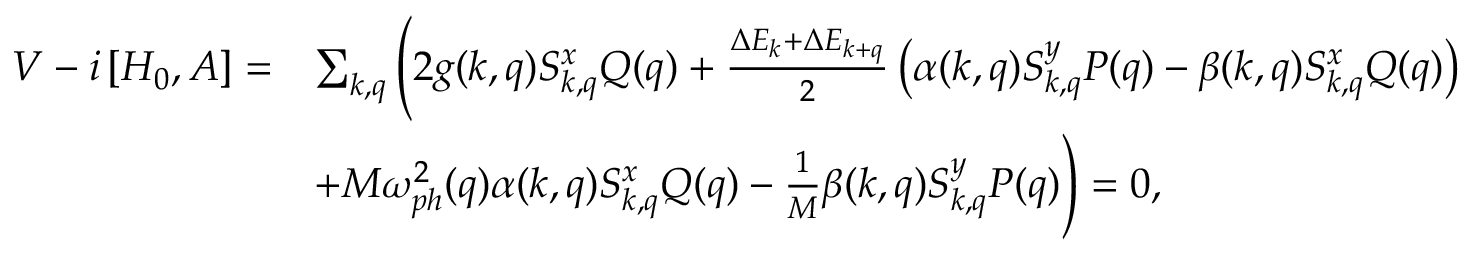
\begin{array} { r l } { V - i \left[ H _ { 0 } , A \right] = } & { \sum _ { k , q } \Bigg ( 2 g ( k , q ) S _ { k , q } ^ { x } Q ( q ) + \frac { \Delta E _ { k } + \Delta E _ { k + q } } { 2 } \left( \alpha ( k , q ) S _ { k , q } ^ { y } P ( q ) - \beta ( k , q ) S _ { k , q } ^ { x } Q ( q ) \right) } \\ & { + M \omega _ { p h } ^ { 2 } ( q ) \alpha ( k , q ) S _ { k , q } ^ { x } Q ( q ) - \frac { 1 } { M } \beta ( k , q ) S _ { k , q } ^ { y } P ( q ) \Bigg ) = 0 , } \end{array}